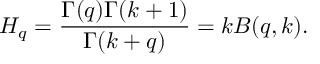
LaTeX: H _ { q } = \frac { \Gamma ( q ) \Gamma ( k + 1 ) } { \Gamma ( k + q ) } = k B ( q , k ) .